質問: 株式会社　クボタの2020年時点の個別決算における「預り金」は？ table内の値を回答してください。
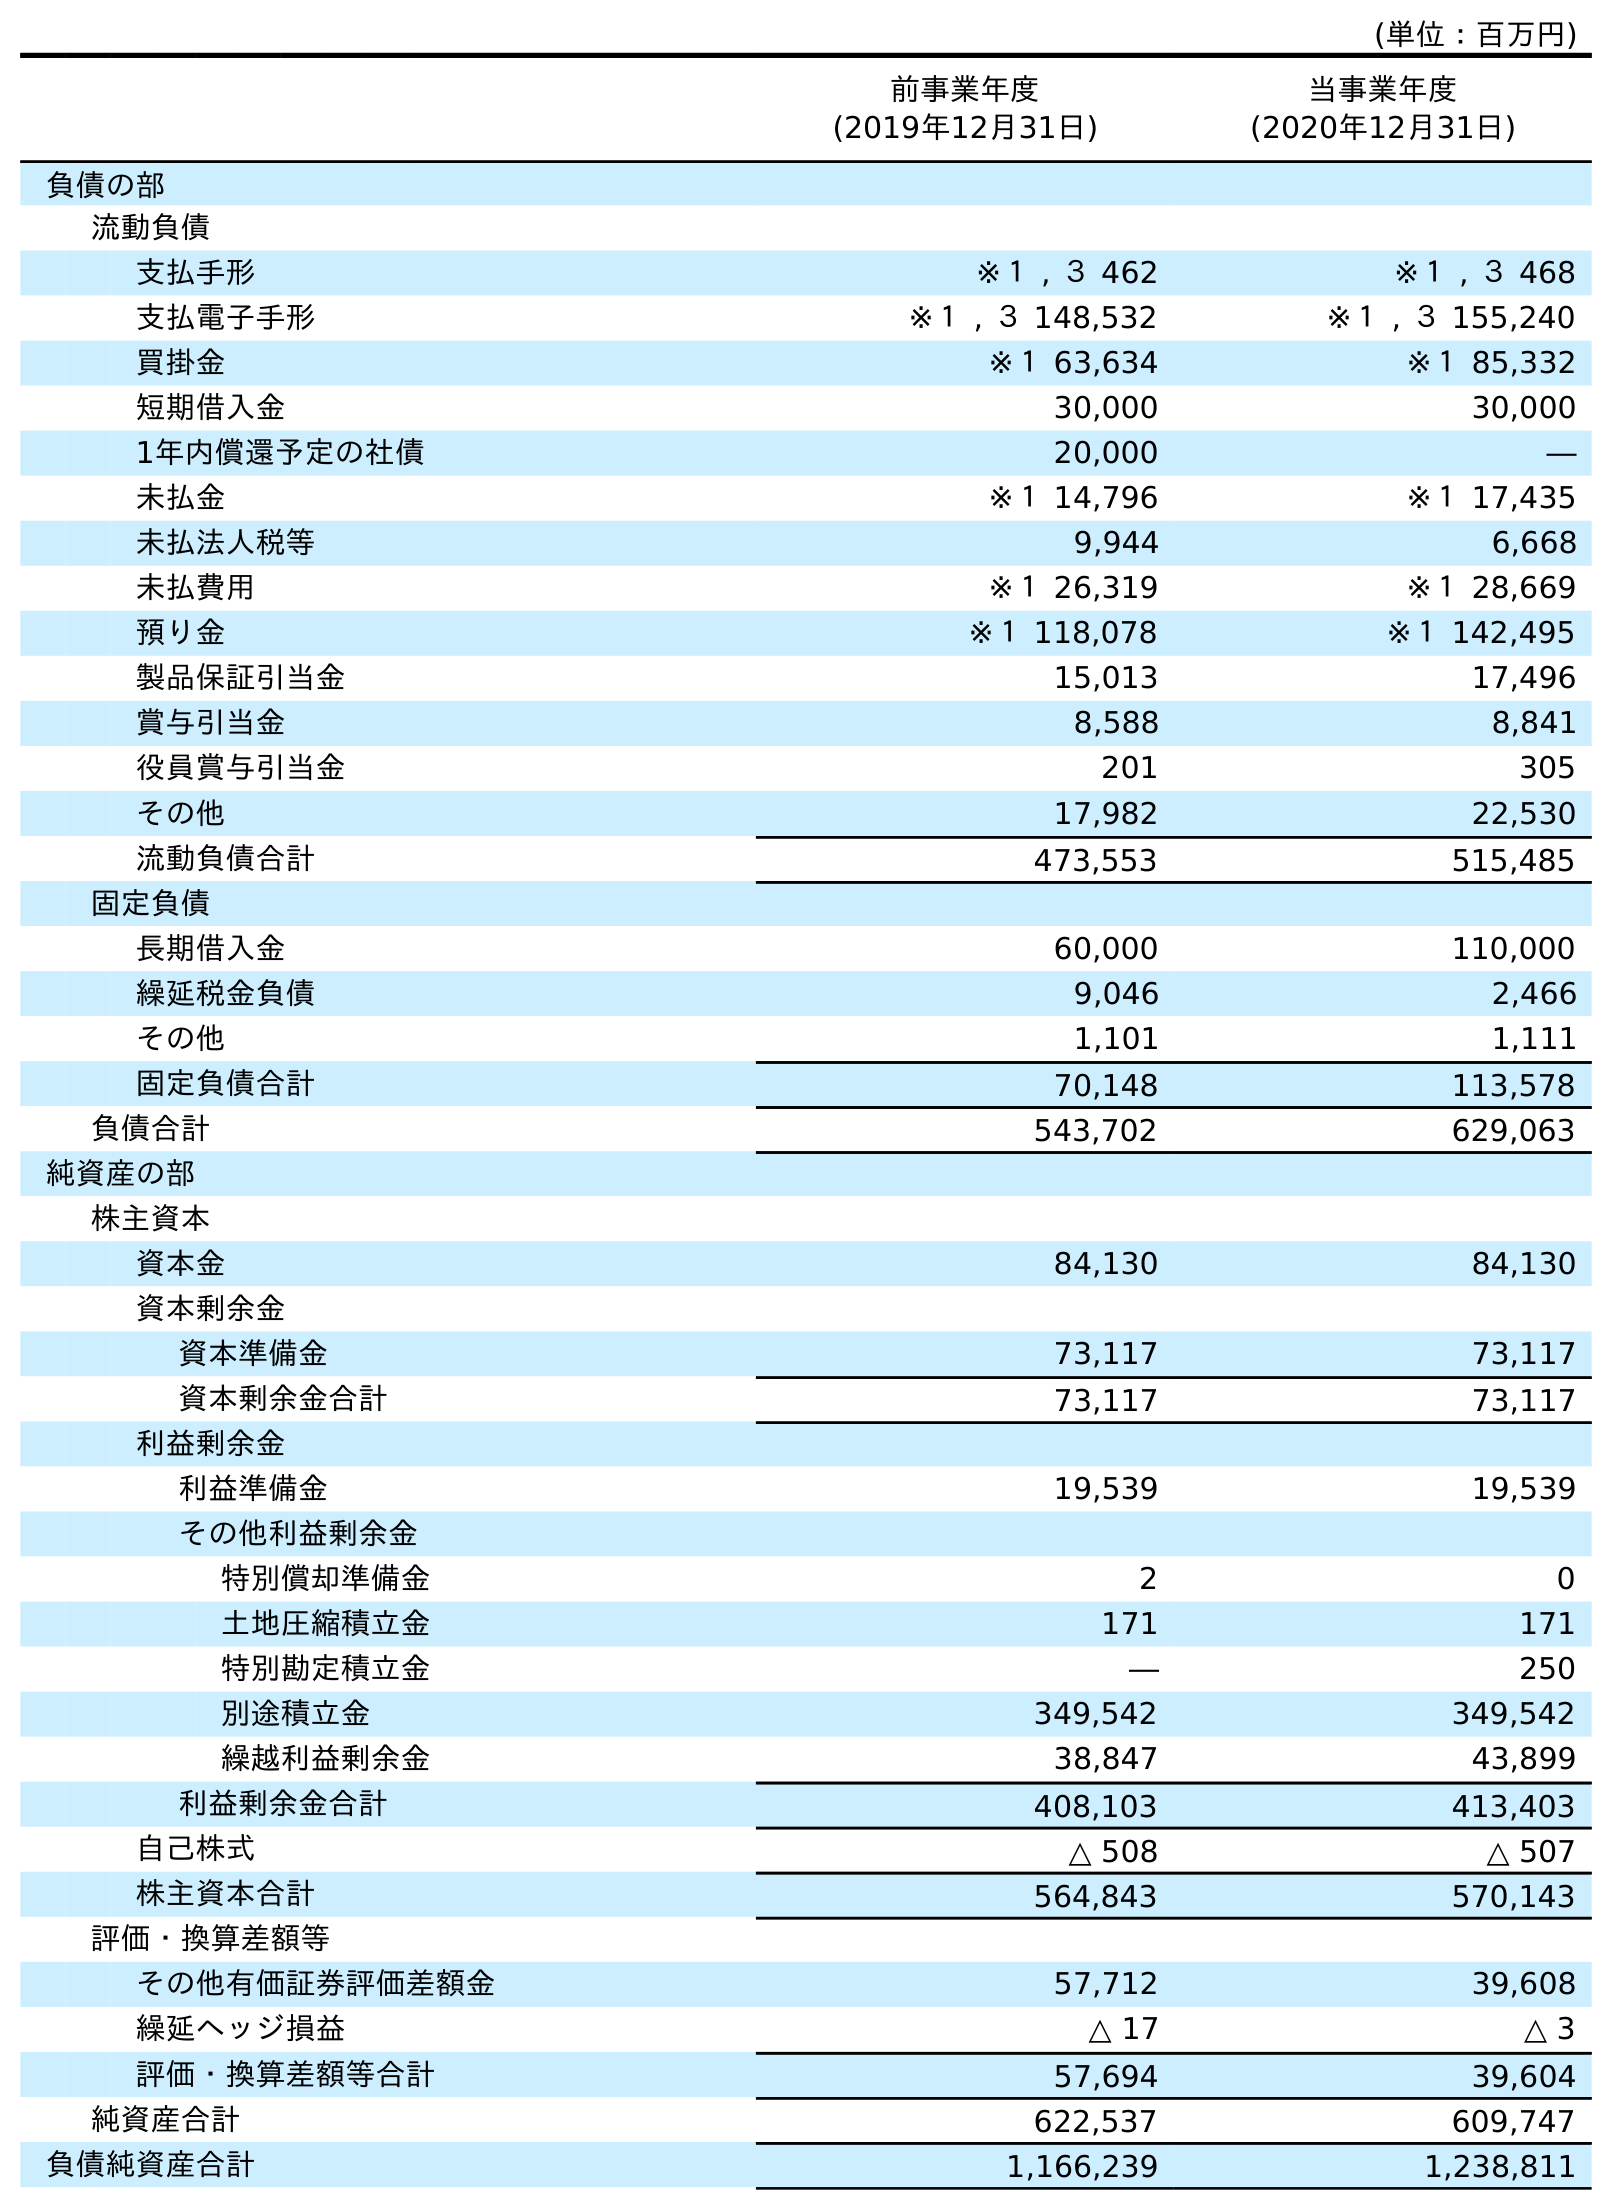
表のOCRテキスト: (単位：百万円) 前事業年度 (2019年12月31日) 当事業年度 (2020年12月31日) 負債の部 流動負債 支払手形 ※１ , ３ 462 ※１ , ３ 468 支払電子手形 ※１ , ３ 148,532 ※１ , ３ 155,240 買掛金 ※１ 63,634 ※１ 85,332 短期借入金 30,000 30,000 1年内償還予定の社債 20,000 ― 未払金 ※１ 14,796 ※１ 17,435 未払法人税等 9,944 6,668 未払費用 ※１ 26,319 ※１ 28,669 預り金 ※１ 118,078 ※１ 142,495 製品保証引当金 15,013 17,496 賞与引当金 8,588 8,841 役員賞与引当金 201 305 その他 17,982 22,530 流動負債合計 473,553 515,485 固定負債 長期借入金 60,000 110,000 繰延税金負債 9,046 2,466 その他 1,101 1,111 固定負債合計 70,148 113,578 負債合計 543,702 629,063 純資産の部 株主資本 資本金 84,130 84,130 資本剰余金 資本準備金 73,117 73,117 資本剰余金合計 73,117 73,117 利益剰余金 利益準備金 19,539 19,539 その他利益剰余金 特別償却準備金 2 0 土地圧縮積立金 171 171 特別勘定積立金 ― 250 別途積立金 349,542 349,542 繰越利益剰余金 38,847 43,899 利益剰余金合計 408,103 413,403 自己株式 △ 508 △ 507 株主資本合計 564,843 570,143 評価・換算差額等 その他有価証券評価差額金 57,712 39,608 繰延ヘッジ損益 △ 17 △ 3 評価・換算差額等合計 57,694 39,604 純資産合計 622,537 609,747 負債純資産合計 1,166,239 1,238,811
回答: ※１142,495